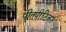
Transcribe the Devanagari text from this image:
पीतपीटिका